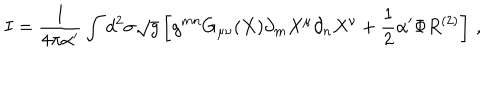
I = \frac { 1 } { 4 \pi \alpha ^ { \prime } } \int d ^ { 2 } \sigma \sqrt { g } \left[ g ^ { m n } G _ { \mu \nu } ( X ) \partial _ { m } X ^ { \mu } \partial _ { n } X ^ { \nu } + \frac { 1 } { 2 } \alpha ^ { \prime } \Phi R ^ { ( 2 ) } \right] \, ,